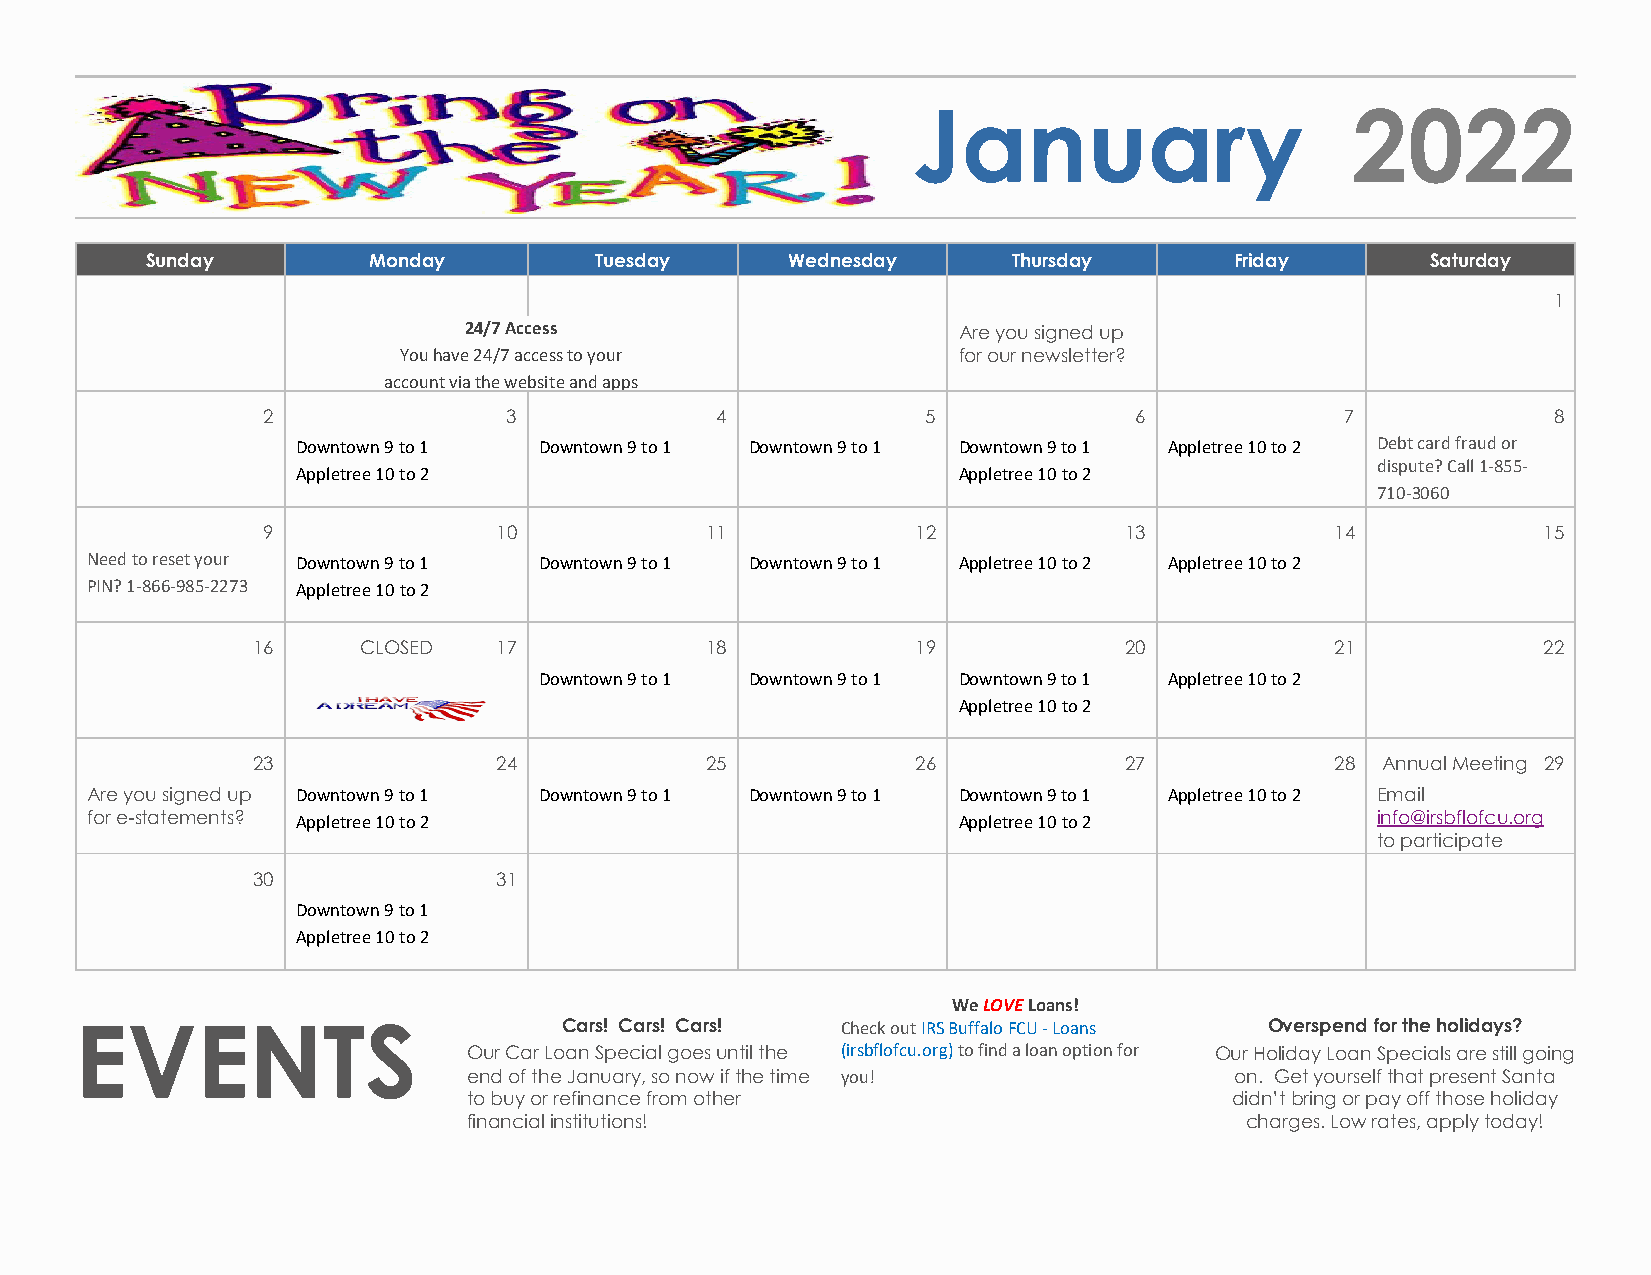
January                      2022
 Sunday        Monday         Tuesday      Wednesday      Thursday       Friday       Saturday
 1
 24/7 Access                     Are you signed up
 You have 24/7 access to your         for our newsletter?
 account via the website and apps
 2                3            4             5             6             7             8
 Downtown 9 to 1 Downtown 9 to 1 Downtown 9 to 1 Downtown 9 to 1 Appletree 10 to 2 Debt card fraud or
 dispute? Call 1-855-
 Appletree 10 to 2                          Appletree 10 to 2
 710-3060
 9               10            11            12           13            14            15
 Need to reset your Downtown 9 to 1 Downtown 9 to 1 Downtown 9 to 1 Appletree 10 to 2 Appletree 10 to 2
 PIN? 1-866-985-2273 Appletree 10 to 2
 16     CLOSED   17            18            19           20            21            22
 Downtown 9 to 1 Downtown 9 to 1 Downtown 9 to 1 Appletree 10 to 2
 Appletree 10 to 2
 23              24            25            26           27            28 Annual Meeting 29
 Are you signed up Downtown 9 to 1 Downtown 9 to 1 Downtown 9 to 1 Downtown 9 to 1 Appletree 10 to 2 Email
 for e-statements? Appletree 10 to 2                      Appletree 10 to 2           info@irsbflofcu.org
 to participate
 30              31
 Downtown 9 to 1
 Appletree 10 to 2
 We LOVE Loans!
 Cars! Cars! Cars!  Check out IRS Buffalo FCU - Loans Overspend for the holidays?
 EVENTS
 Our Car Loan Special goes until the (irsbflofcu.org) to find a loan option for Our Holiday Loan Specials are still going
 end of the January, so now if the time you!        on. Get yourself that present Santa
 to buy or refinance from other                     didn’t bring or pay off those holiday
 financial institutions!                            charges. Low rates, apply today!